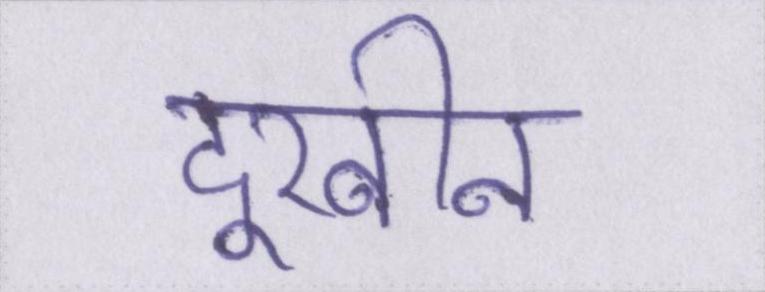
दूरबीन